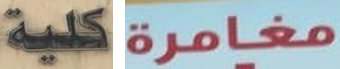
كلية مغامرة